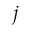
j